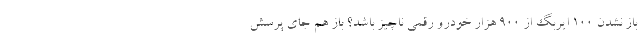
باز نشدن 100 ایربگ از 900 هزار خودرو رقمی ناچیز باشد؟ باز هم جای پرسش